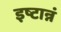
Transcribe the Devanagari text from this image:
इष्टान्नं